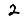
Digit: 2